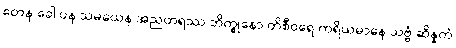
တေန ခေါ ပန သမယေန အညတရဿ ဘိက္ခုနော တိစီဝရေ ကရိယမာနေ သဗ္ဗံ ဆိန္နကံ